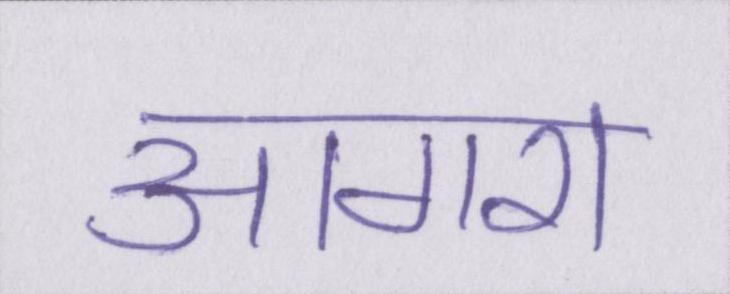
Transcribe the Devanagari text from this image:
आगरा